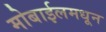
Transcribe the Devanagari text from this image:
मोबाईलमधून